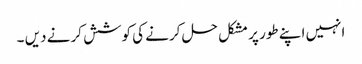
انہیں اپنے طور پر مشکل حل کرنے کی کوشش کرنے دیں ۔